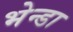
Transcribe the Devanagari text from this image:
भेन्डा